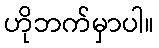
ဟိုဘက်မှာပါ။